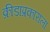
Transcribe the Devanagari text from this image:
क्रीडाप्रकाराला